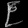
Digit: ၉